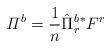
LaTeX: \begin{align*}{\it \Pi}^b = \frac{1}{n}\hat \Pi^b_r{^{\ast}F^r}\end{align*}